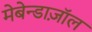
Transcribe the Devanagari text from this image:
मेबेन्डाज़ॉल